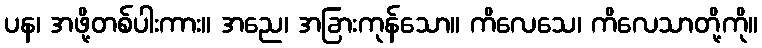
ပန၊ အဖို့တစ်ပါးကား။ အညေ၊ အခြားကုန်သော။ ကိလေသေ၊ ကိလေသာတို့ကို။